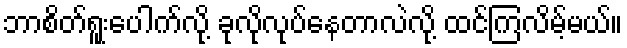
ဘာစိတ်ရူးပေါက်လို့ ခုလိုလုပ်နေတာလဲလို့ ထင်ကြလိမ့်မယ်။